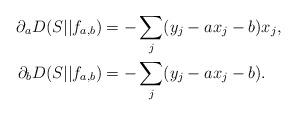
LaTeX: \begin{align*}\partial_a D(S||f_{a,b}) &= -\sum_j (y_j - a x_j - b) x_j,\\\partial_b D(S||f_{a,b}) &= -\sum_j (y_j - a x_j - b).\end{align*}